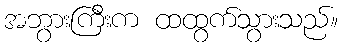
အဘွားကြီးက ထထွက်သွားသည်။